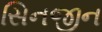
સિનજીન